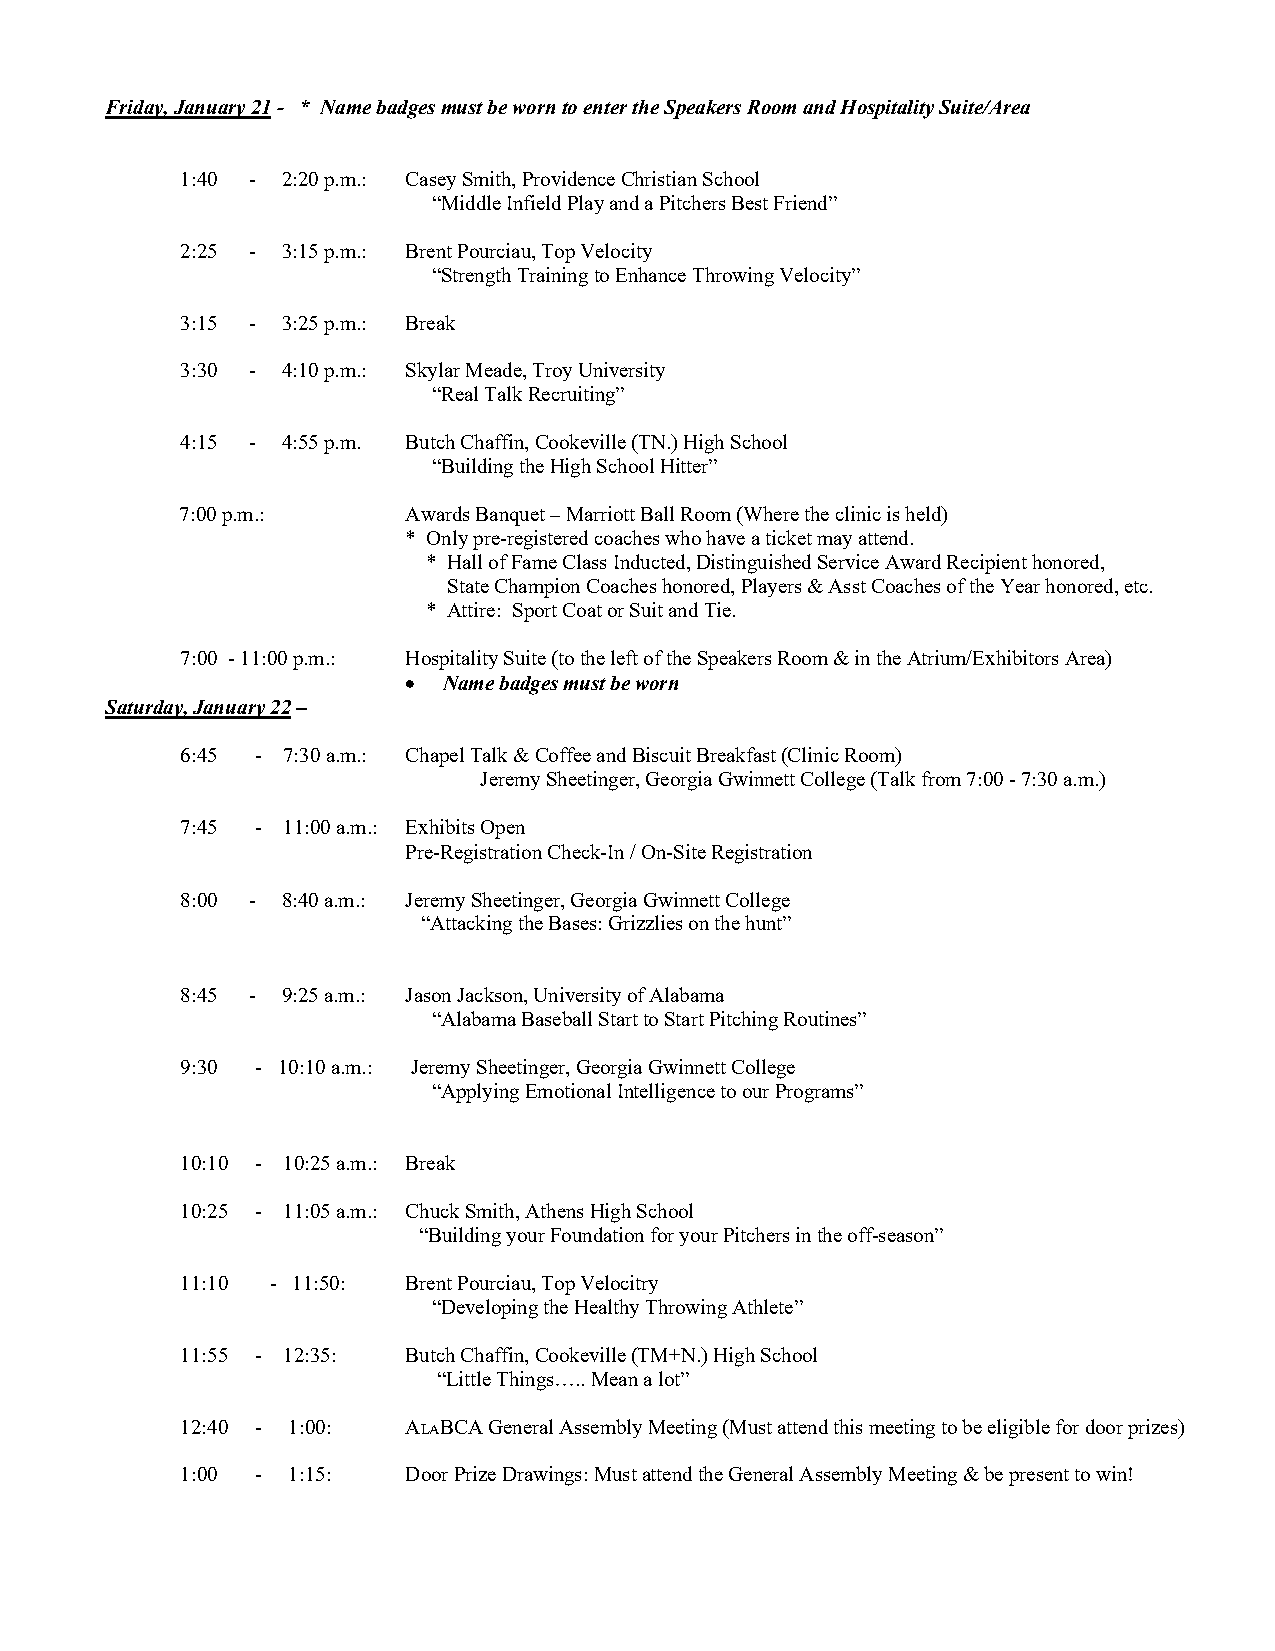
Friday, January 21 - * Name badges must be worn to enter the Speakers Room and Hospitality Suite/Area
 1:40 - 2:20 p.m.: Casey Smith, Providence Christian School
 “Middle Infield Play and a Pitchers Best Friend”
 2:25 - 3:15 p.m.: Brent Pourciau, Top Velocity
 “Strength Training to Enhance Throwing Velocity”
 3:15 - 3:25 p.m.: Break
 3:30 - 4:10 p.m.: Skylar Meade, Troy University
 “Real Talk Recruiting”
 4:15 - 4:55 p.m. Butch Chaffin, Cookeville (TN.) High School
 “Building the High School Hitter”
 7:00 p.m.:     Awards Banquet – Marriott Ball Room (Where the clinic is held)
 * Only pre-registered coaches who have a ticket may attend.
 * Hall of Fame Class Inducted, Distinguished Service Award Recipient honored,
 State Champion Coaches honored, Players & Asst Coaches of the Year honored, etc.
 * Attire: Sport Coat or Suit and Tie.
 7:00 - 11:00 p.m.: Hospitality Suite (to the left of the Speakers Room & in the Atrium/Exhibitors Area)
 • Name badges must be worn
 Saturday, January 22 –
 6:45 - 7:30 a.m.: Chapel Talk & Coffee and Biscuit Breakfast (Clinic Room)
 Jeremy Sheetinger, Georgia Gwinnett College (Talk from 7:00 - 7:30 a.m.)
 7:45 - 11:00 a.m.: Exhibits Open
 Pre-Registration Check-In / On-Site Registration
 8:00 - 8:40 a.m.: Jeremy Sheetinger, Georgia Gwinnett College
 “Attacking the Bases: Grizzlies on the hunt”
 8:45 - 9:25 a.m.: Jason Jackson, University of Alabama
 “Alabama Baseball Start to Start Pitching Routines”
 9:30 - 10:10 a.m.: Jeremy Sheetinger, Georgia Gwinnett College
 “Applying Emotional Intelligence to our Programs”
 10:10 - 10:25 a.m.: Break
 10:25 - 11:05 a.m.: Chuck Smith, Athens High School
 “Building your Foundation for your Pitchers in the off-season”
 11:10 - 11:50: Brent Pourciau, Top Velocitry
 “Developing the Healthy Throwing Athlete”
 11:55 - 12:35: Butch Chaffin, Cookeville (TM+N.) High School
 “Little Things….. Mean a lot”
 12:40 - 1:00:  ALABCA General Assembly Meeting (Must attend this meeting to be eligible for door prizes)
 1:00 - 1:15:   Door Prize Drawings: Must attend the General Assembly Meeting & be present to win!